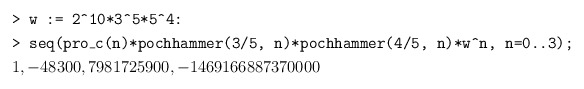
\begin{align*}&\texttt{> w := 2\^{}10*3\^{}5*5\^{}4:}\\&\texttt{> seq(pro\_c(n)*pochhammer(3/5, n)*pochhammer(4/5, n)*w\^{}n, n=0..3);}\\&1, -48300, 7981725900, -1469166887370000\end{align*}